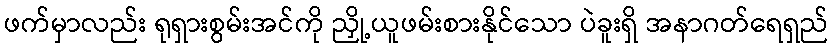
ဖက်မှာလည်း ရုရှားစွမ်းအင်ကို ညှို့ယူဖမ်းစားနိုင်သော ပဲခူးရှိ အနာဂတ်ရေရှည်